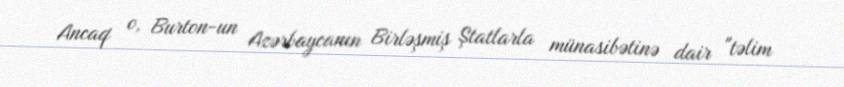
Ancaq o, Burton-un Azərbaycanın Birləşmiş Ştatlarla münasibətinə dair "təlim